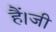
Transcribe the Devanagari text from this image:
हैं।जी